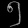
Digit: ၅